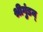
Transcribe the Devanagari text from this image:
श्रीगुंडन्